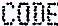
CODE